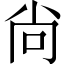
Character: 尙